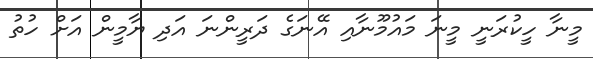
މީނާ ހީކުރަނީ މީނަ މައުމޫނާއި އޭނަގެ ދަރީންނަ އަދި ޔާމީން އަށް ހުތު